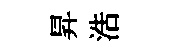
昇浩